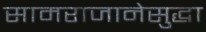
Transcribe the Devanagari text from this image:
सामराजानेसुद्धा